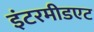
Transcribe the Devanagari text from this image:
इंटरमीडएट